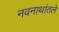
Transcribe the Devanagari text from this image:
नवनाथांतले